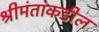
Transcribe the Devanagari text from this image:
श्रीमंतांकडील